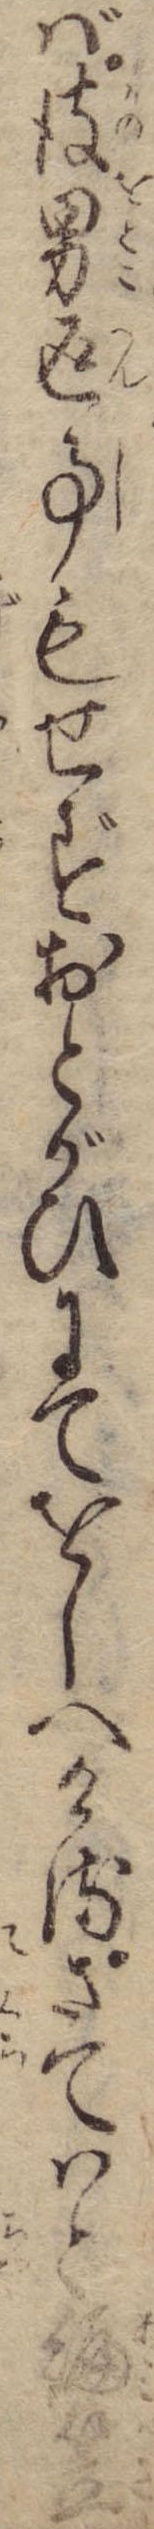
ば彼男返事もせずおとがひにてをしへけるさてはと編笠